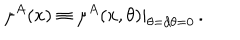
\mu ^ { A } ( x ) \equiv \mu ^ { A } ( x , \theta ) | _ { \theta = d \theta = 0 } \, .